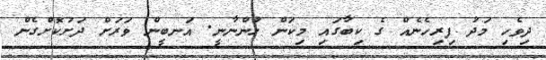
ދިވެހި މަދު ފިރިހެނެއް ގެ ކިބާގައި މިކަން ހުންނާނީ. އަނބީން ވަރަށް ދަށުކޮށްގެން